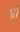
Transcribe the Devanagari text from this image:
भ्रां